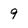
Character: 9